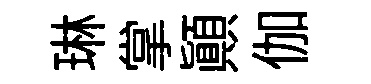
琳掌顚伽